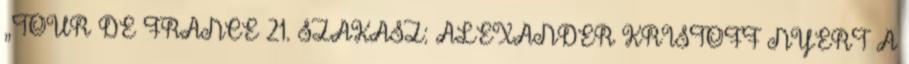
„TOUR DE FRANCE 21. SZAKASZ: ALEXANDER KRISTOFF NYERT A